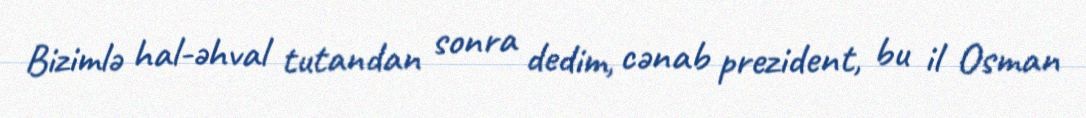
Bizimlə hal-əhval tutandan sonra dedim, cənab prezident, bu il Osman